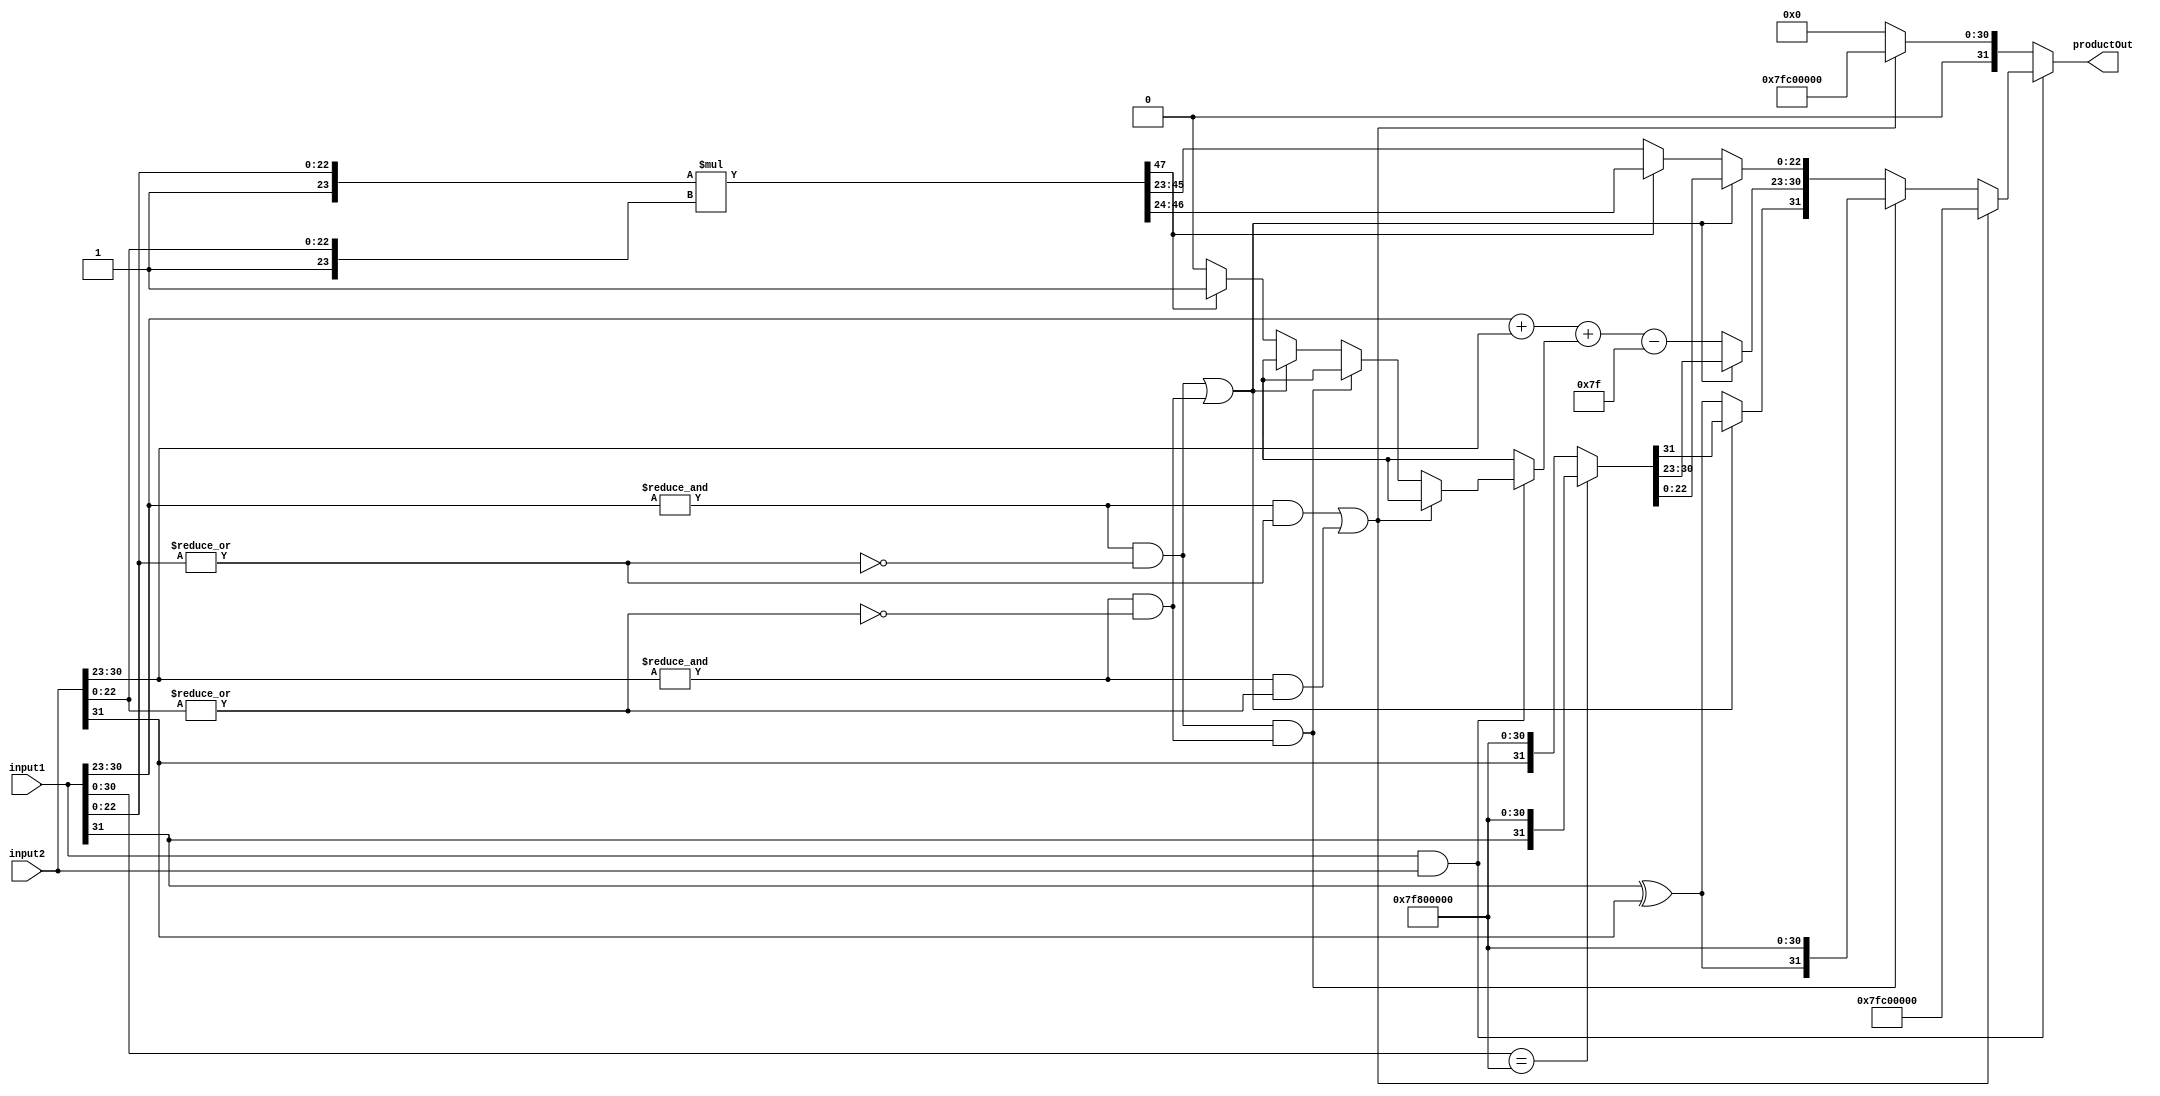
module multiplierFloat(productOut, input1, input2);
input [31:0] input1, input2;
output reg [31:0] productOut;
reg [47:0] productTemp; //max possible 48 bits
reg tempExponent = 1'b0;

/* infinity => 0/1 11111111 00000000000000000000000
	NAN      => 0/1 11111111 (anything other than all 0s) ; here: 7FC00000*/
	
always @(input1 or input2)
begin
	tempExponent = 1'b0;
	if (~(input1 && input2)) //if any one is zero, return zero
		if((&input1[30:23] && |input1[22:0]) || (&input2[30:23] && |input2[22:0])) //if another NAN, then ans is NAN
			productOut = {12'h7FC,20'b0};
		else
			productOut = {32{1'b0}};
		
	else if ((&input1[30:23] && |input1[22:0]) || (&input2[30:23] && |input2[22:0])) //checks if any input is NAN
			productOut = {12'h7FC,20'b0};
		
	else if ((&input1[30:23] && ~(|input1[22:0])) && (&input2[30:23] && ~(|input2[22:0]))) //if both infinity
			productOut = {(input1[31] ^ input2[31]),{8{1'b1}},{23{1'b0}}}; //if same sign, output + else negative

	else if ((&input1[30:23] && ~(|input1[22:0])) || (&input2[30:23] && ~(|input2[22:0]))) //pos or neg infinite
		productOut = (input1[30:0] == {{8{1'b1}},{23{1'b0}}})? {{input1[31]},{8{1'b1}},{23{1'b0}}} : {input2[31],{8{1'b1}},{23{1'b0}}}; //if input1 is (+-)inf, then assign same value, else that of input2

	else
		begin
		productOut[31] = input1[31] ^ input2[31]; //XORing to get the sign bit
		productTemp = {1'b1,input1[22:0]} * {1'b1,input2[22:0]}; //product of mantissa (added 1 before for the entire number)

		if (productTemp[47] == 1) //to check if normalization is needed (1=>extra bit changed)
		begin
			productOut[22:0] = productTemp[46:24];
			tempExponent = 1'b1; //exponent increase after normalization
		end
		else
			productOut[22:0] = productTemp[45:23];
			
		productOut[30:23] = input1[30:23] + input2[30:23] + tempExponent - 8'd127; //expOut = exp1 + exp2 + productExp - bias(127d)
	end
end

endmodule